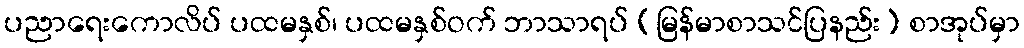
ပညာရေးကောလိပ် ပထမနှစ်၊ ပထမနှစ်ဝက် ဘာသာရပ် (မြန်မာစာသင်ပြနည်း) စာအုပ်မှာ